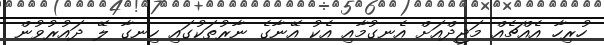
ހުރިހާ އެއްޗެއް މަޖީދްއަށް އެނގުމާއި އެކު އޭނާގެ ނާރުތަކުގައި ހިނގާ ލޭ ދައުރުވުން